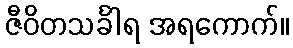
ဇီဝိတသင်္ခါရ အရကောက်။